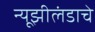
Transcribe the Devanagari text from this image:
न्यूझीलंडाचे